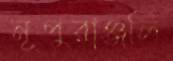
নূপুরাঞ্জলি